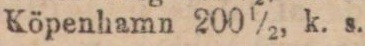
Köpenhamn 200½, k. s.